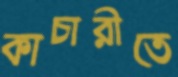
কাচারীতে